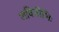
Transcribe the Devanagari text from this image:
जविनीभिः